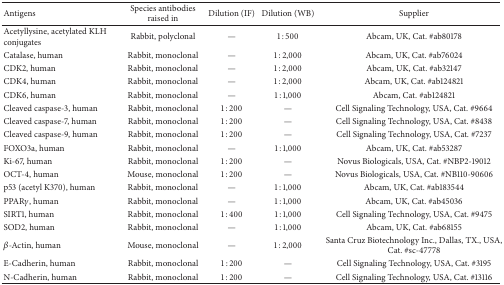
<table><thead><tr><td><b>Antigens</b></td><td><b>Species antibodies raised in</b></td><td><b>Dilution (IF)</b></td><td><b>Dilution (WB)</b></td><td><b>Supplier</b></td></tr></thead><tbody><tr><td>Acetyllysine, acetylated KLH conjugates</td><td>Rabbit, polyclonal</td><td>—</td><td>1 : 500</td><td>Abcam, UK, Cat. #ab80178</td></tr><tr><td>Catalase, human</td><td>Rabbit, monoclonal</td><td>—</td><td>1 : 2,000</td><td>Abcam, UK, Cat. #ab76024</td></tr><tr><td>CDK2, human</td><td>Rabbit, monoclonal</td><td>—</td><td>1 : 2,000</td><td>Abcam, UK, Cat. #ab32147</td></tr><tr><td>CDK4, human</td><td>Rabbit, monoclonal</td><td>—</td><td>1 : 2,000</td><td>Abcam, UK, Cat. #ab124821</td></tr><tr><td>CDK6, human</td><td>Rabbit, monoclonal</td><td>—</td><td>1 : 1,000</td><td>Abcam, Cat. #ab124821</td></tr><tr><td>Cleaved caspase-3, human</td><td>Rabbit, monoclonal</td><td>1 : 200</td><td>—</td><td>Cell Signaling Technology, USA, Cat. #9664</td></tr><tr><td>Cleaved caspase-7, human</td><td>Rabbit, monoclonal</td><td>1 : 200</td><td>—</td><td>Cell Signaling Technology, USA, Cat. #8438</td></tr><tr><td>Cleaved caspase-9, human</td><td>Rabbit, monoclonal</td><td>1 : 200</td><td>—</td><td>Cell Signaling Technology, USA, Cat. #7237</td></tr><tr><td>FOXO3a, human</td><td>Rabbit, monoclonal</td><td>—</td><td>1 : 1,000</td><td>Abcam, UK, Cat. #ab53287</td></tr><tr><td>Ki-67, human</td><td>Rabbit, monoclonal</td><td>1 : 200</td><td>—</td><td>Novus Biologicals, USA, Cat. #NBP2-19012</td></tr><tr><td>OCT-4, human</td><td>Mouse, monoclonal</td><td>1 : 200</td><td>—</td><td>Novus Biologicals, USA, Cat. #NB110-90606</td></tr><tr><td>p53 (acetyl K370), human</td><td>Rabbit, monoclonal</td><td>—</td><td>1 : 1,000</td><td>Abcam, UK, Cat. #ab183544</td></tr><tr><td>PPAR<i>γ</i>, human</td><td>Rabbit, monoclonal</td><td>—</td><td>1 : 1,000</td><td>Abcam, UK, Cat. #ab45036</td></tr><tr><td>SIRT1, human</td><td>Rabbit, monoclonal</td><td>1 : 400</td><td>1 : 1,000</td><td>Cell Signaling Technology, USA, Cat. #9475</td></tr><tr><td>SOD2, human</td><td>Rabbit, monoclonal</td><td>—</td><td>1 : 1,000</td><td>Abcam, UK, Cat. #ab68155</td></tr><tr><td><i>β</i>-Actin, human</td><td>Mouse, monoclonal</td><td>—</td><td>1 : 2,000</td><td>Santa Cruz Biotechnology Inc., Dallas, TX., USA, Cat. #sc-47778</td></tr><tr><td>E-Cadherin, human</td><td>Rabbit, monoclonal</td><td>1 : 200</td><td>—</td><td>Cell Signaling Technology, USA, Cat. #3195</td></tr><tr><td>N-Cadherin, human</td><td>Rabbit, monoclonal</td><td>1 : 200</td><td>—</td><td>Cell Signaling Technology, USA, Cat. #13116</td></tr></tbody></table>